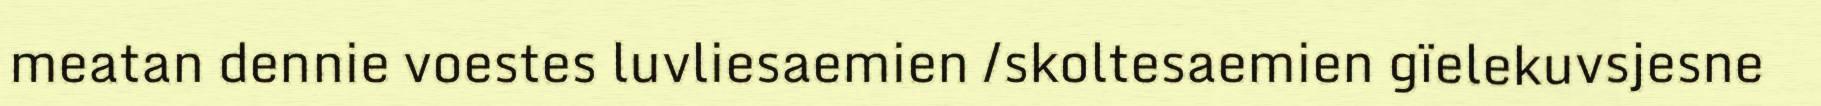
meatan dennie voestes luvliesaemien /skoltesaemien gïelekuvsjesne